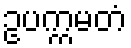
ဥပက္ကမတံ